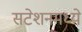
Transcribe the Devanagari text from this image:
सटेशनमध्ये